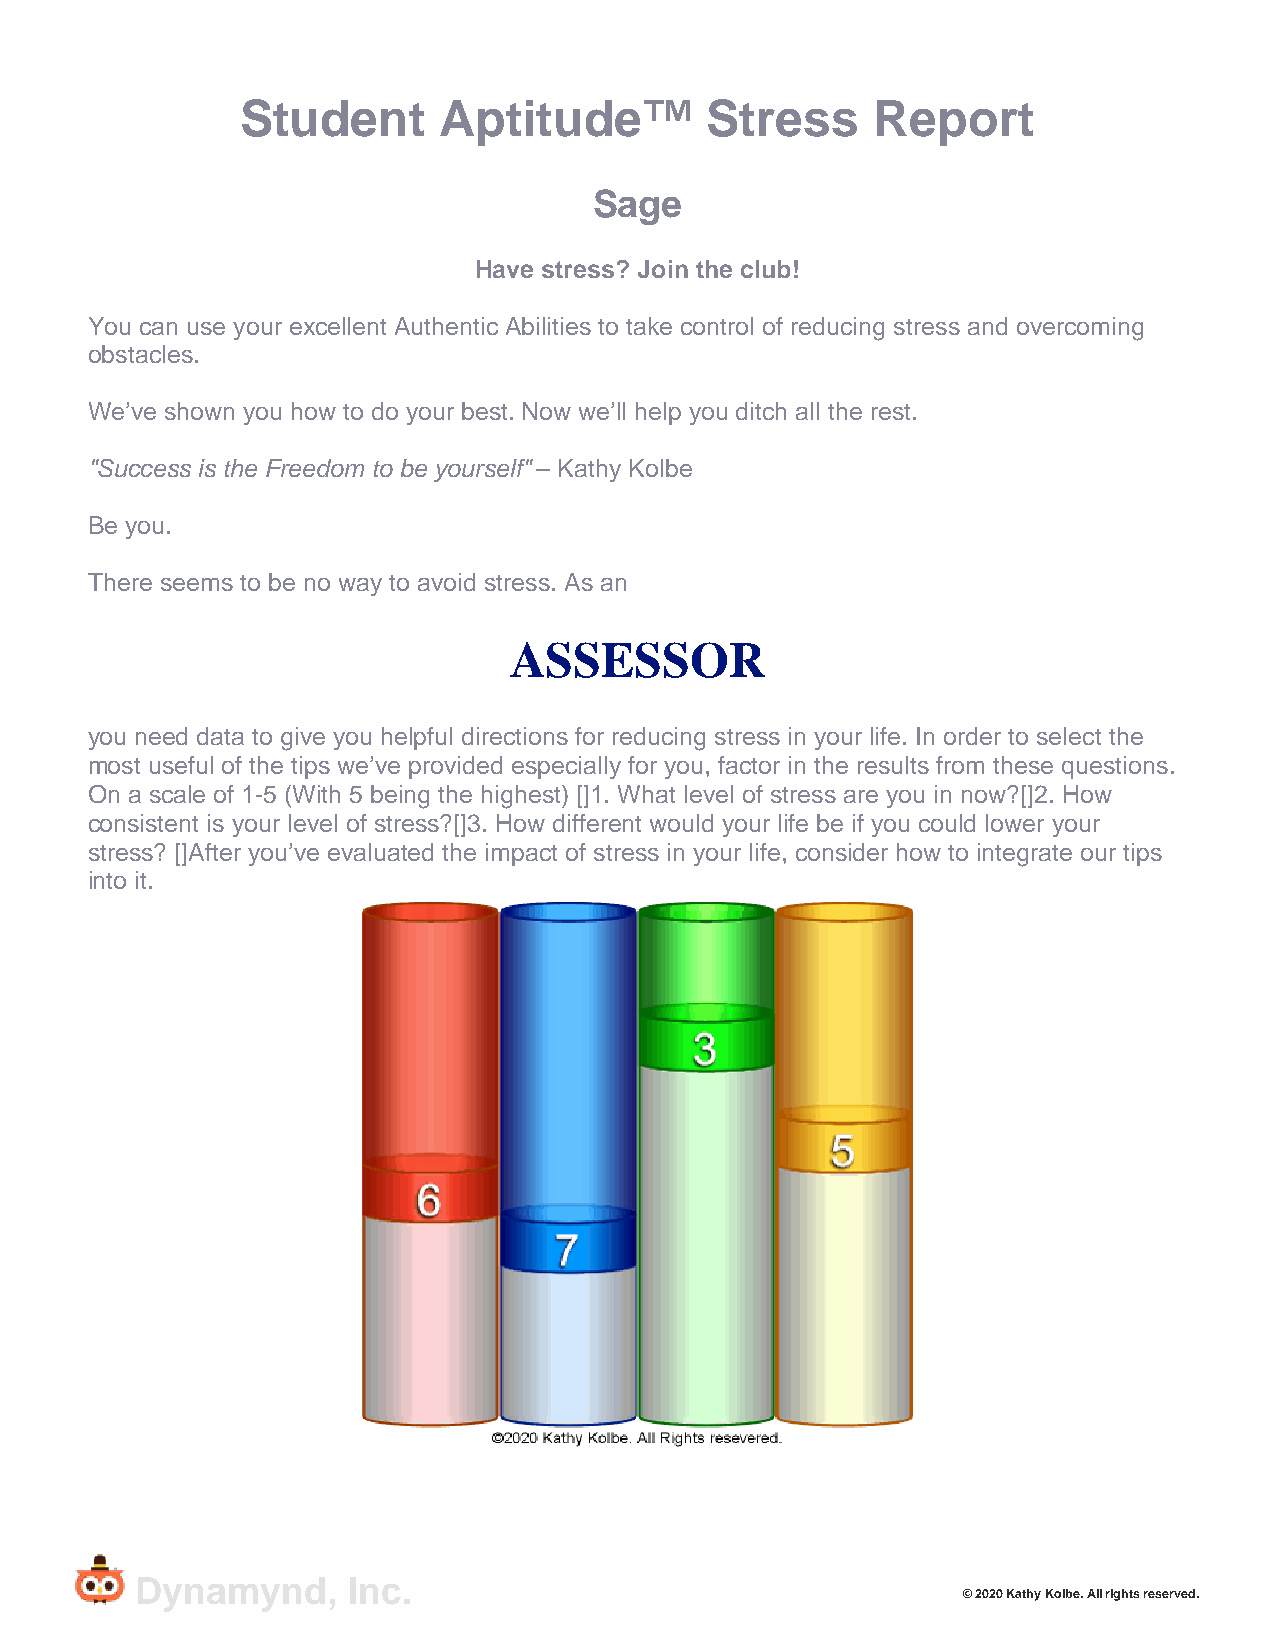
Student      Aptitude™         Stress     Report
 Sage
 Have stress? Join the club!
 You can use your excellent Authentic Abilities to take control of reducing stress and overcoming
 obstacles.
 We’ve shown you how to do your best. Now we’ll help you ditch all the rest.
 "Success is the Freedom to be yourself" – Kathy Kolbe
 Be you.
 There seems to be no way to avoid stress. As an
 ASSESSOR
 you need data to give you helpful directions for reducing stress in your life. In order to select the
 most useful of the tips we’ve provided especially for you, factor in the results from these questions.
 On a scale of 1-5 (With 5 being the highest) []1. What level of stress are you in now?[]2. How
 consistent is your level of stress?[]3. How different would your life be if you could lower your
 stress? []After you’ve evaluated the impact of stress in your life, consider how to integrate our tips
 into it.
 Dynamynd,     Inc.
 © 2020 Kathy Kolbe. All rights reserved.